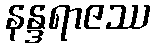
နန္ဒရာဇဿ